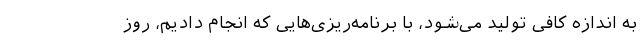
به اندازه کافی تولید می‌شود، با برنامه‌ریزی‌هایی که انجام دادیم، روز